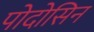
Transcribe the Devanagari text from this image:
पोदोसिन